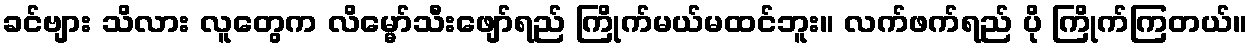
ခင်ဗျား သိလား လူတွေက လိမ္မော်သီးဖျော်ရည် ကြိုက်မယ်မထင်ဘူး။ လက်ဖက်ရည် ပို ကြိုက်ကြတယ်။